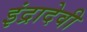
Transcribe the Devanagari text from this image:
इंद्रादेवी